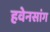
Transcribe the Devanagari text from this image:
हवेनसांग